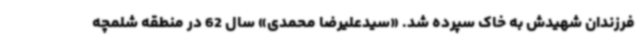
فرزندان شهیدش به خاک سپرده شد. «سیدعلیرضا محمدی» سال 62 در منطقه شلمچه